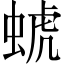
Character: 䗂